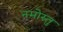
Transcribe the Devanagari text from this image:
नमोस्तु